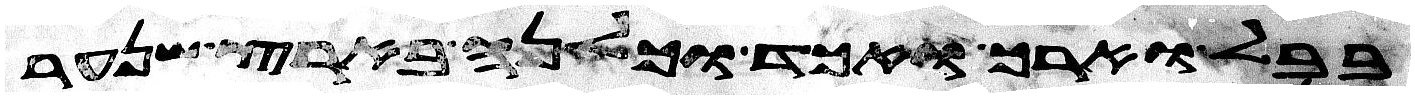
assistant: בבל וארך ואכד וכלנה בארץ שנער